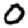
Digit: 0